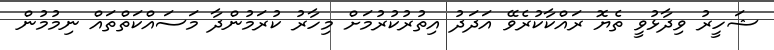
ޝަހީރު ވިދާޅުވީ ތެޔޮ ރައްކާކުރެވޭ އަދަދު އިތުރުކުރުމަށް މިހާރު ކުރަމުންދާ މަސައްކަތްތައް ނިމުމުން